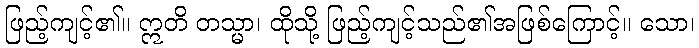
ဖြည့်ကျင့်၏။ ဣတိ တသ္မာ၊ ထိုသို့ ဖြည့်ကျင့်သည်၏အဖြစ်ကြောင့်။ သော၊